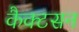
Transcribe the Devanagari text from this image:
कैक्टसन